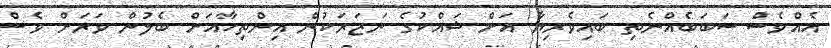
އެއްވެސް ސަބަބެއްނެތި ބައިވެރިޔާ އަށް ޝައްކުގެ ނަޒަރަކުން އިންތިހާއަށް ބެލުން ވަރަށް ވެސް